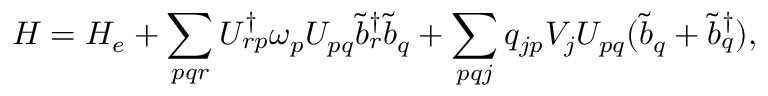
H = H _ { e } + \sum _ { p q r } U _ { r p } ^ { \dagger } \omega _ { p } U _ { p q } \tilde { b } _ { r } ^ { \dagger } \tilde { b } _ { q } + \sum _ { p q j } q _ { j p } V _ { j } U _ { p q } ( \tilde { b } _ { q } + \tilde { b } _ { q } ^ { \dagger } ) ,